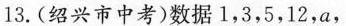
13.(绍兴市中考)数据1，3，5，12，a，